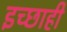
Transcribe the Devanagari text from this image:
इच्छाही